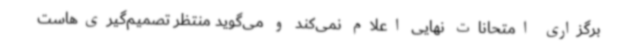
برگزاری امتحانات نهایی اعلام نمی‌کند و می‌گوید منتظر تصمیم‌گیری‌هاست